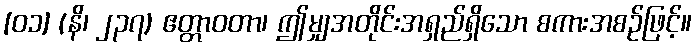
[၀၁] (နိ၊ ၂၃၇) ဧတ္တာဝတာ၊ ဤမျှအတိုင်းအရှည်ရှိသော စကားအစဉ်ဖြင့်။